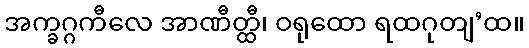
အက္ခဂ္ဂကီလေ အာဏီတ္ထီ၊ ဝရုထော ရထဂုတျ’ထ။